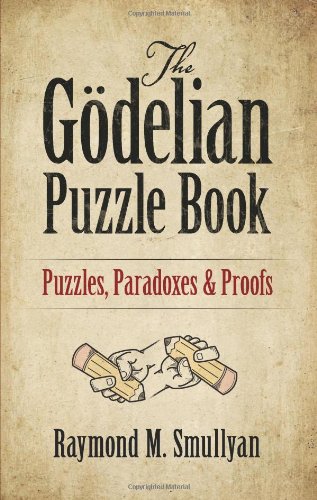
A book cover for The GÃ¶delian Puzzle Book: Puzzles, Paradoxes and Proofs; Raymond M. Smullyan; Humor & Entertainment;